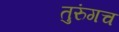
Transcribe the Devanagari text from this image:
तुरुंगच